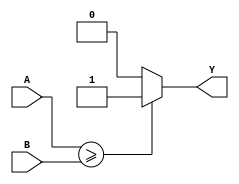
module greater_than_or_equal_comparator (
    input wire [7:0] A,
    input wire [7:0] B,
    output reg Y
);

always @(*) begin
    if (A >= B) begin
        Y = 1;
    end else begin
        Y = 0;
    end
end

endmodule